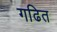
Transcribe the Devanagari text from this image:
गढित